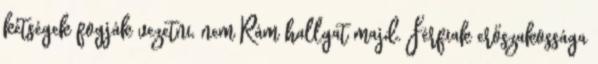
kétségek fogják vezetni, nem Rám hallgat majd. Férfiak erőszakossága